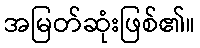
အမြတ်ဆုံးဖြစ်၏။